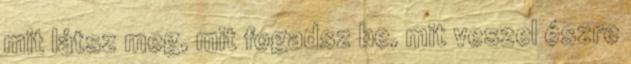
mit látsz meg, mit fogadsz be, mit veszel észre